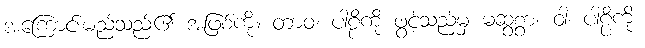
အကြောင်းမည်သည်၏ အဖြစ်ကို။ တာဝ၊ ပါဠိကို ဖွင့်သည်မှ မဆွစွာ။ ဝါ၊ ပါဠိကို